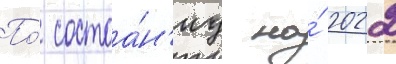
По́ состоа́н'иу на́ 2022